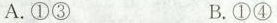
A.①③ B.①④